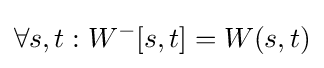
\forall s,t:W^{-}[s,t]=W(s,t)